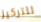
للتركيز